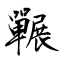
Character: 囅